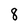
Character: 8